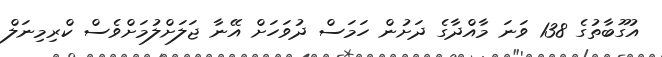
އުގޫބާތުގެ 138 ވަނަ މާއްދާގެ ދަށުން ހަމަސް ދުވަހަށް އޭނާ ޖަލަށްލުމަށްވެސް ކްރިމިނަލް